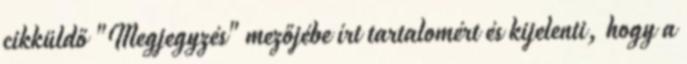
cikküldő "Megjegyzés" mezőjébe írt tartalomért és kijelenti, hogy a